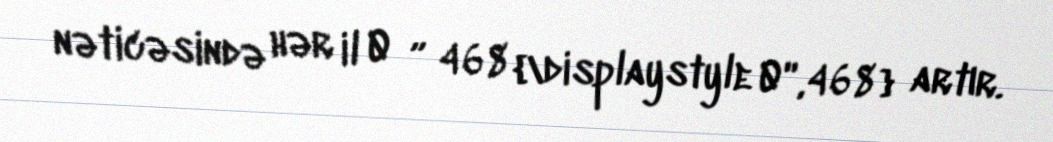
nəticəsində hər il 0 ″ 468 {\displaystyle 0'',468} artır.